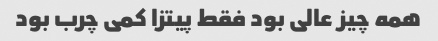
همه چیز عالی بود فقط پیتزا کمی چرب بود